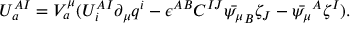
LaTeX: { \cal U } _ { a } ^ { A I } = V _ { a } ^ { \mu } ( { \cal U } _ { i } ^ { A I } \partial _ { \mu } q ^ { i } - \epsilon ^ { A B } C ^ { I J } \bar { \psi _ { \mu } } _ { B } \zeta _ { J } - \bar { \psi _ { \mu } } ^ { A } \zeta ^ { I } ) .